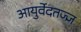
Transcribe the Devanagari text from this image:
आयुर्वेदतज्ज्ञ